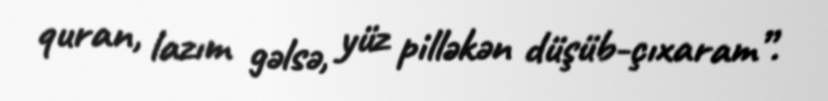
quran, lazım gəlsə, yüz pilləkən düşüb-çıxaram”.